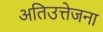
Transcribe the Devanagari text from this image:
अतिउत्तेजना